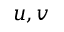
u , v